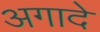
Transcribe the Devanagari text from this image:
अगादे